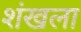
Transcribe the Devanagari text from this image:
शंखला